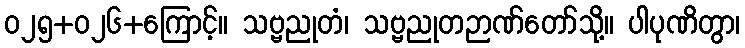
၀၂၅+၀၂၆+ကြောင့်။ သဗ္ဗညုတံ၊ သဗ္ဗညုတဉာဏ်တော်သို့။ ပါပုဏိတွာ၊